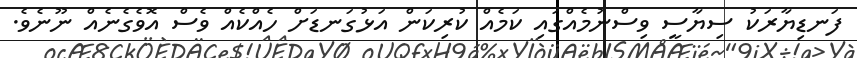
ފަނޑިޔާރަކު ސިޔާސީ ވިސްނުމެއްގައި ކަމެއް ކުރިކަން އަޅުގަނޑަށް ހެއްކެއް ވެސް އޮވެގެނެއް ނޫނެވެ.